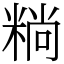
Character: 䊑